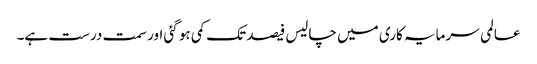
عالمی سرمایہ کاری میں چالیس فیصد تک کمی ہو گئی اور سمت درست ہے۔